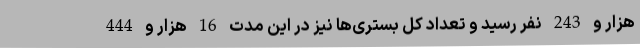
هزار و 243 نفر رسید و تعداد کل بستری‌ها نیز در این مدت 16 هزار و 444